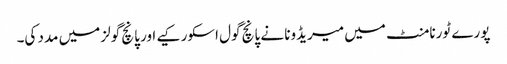
پورے ٹورنامنٹ میں میریڈونا نے پانچ گول اسکور کیے اور پانچ گولز میں مدد کی۔